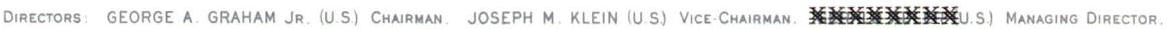
DIRECTORS: GEORGE A. GRAHAM JR.(U.S.) CHAIRMAN. JOSEPH M. KLEIN (U.S.) VICE-CHAIRMAN. XXXXXXXXU.S.) MANAGING DIRECTOR.